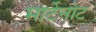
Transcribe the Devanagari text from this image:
मार्टेनोट